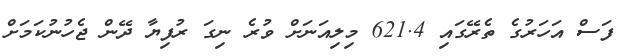
ފަސް އަހަރުގެ ތެރޭގައި 621.4 މިލިއަނަށް ވުރެ ނިގަ ރުފިޔާ ދޭން ޖެހުނުކަމަށް